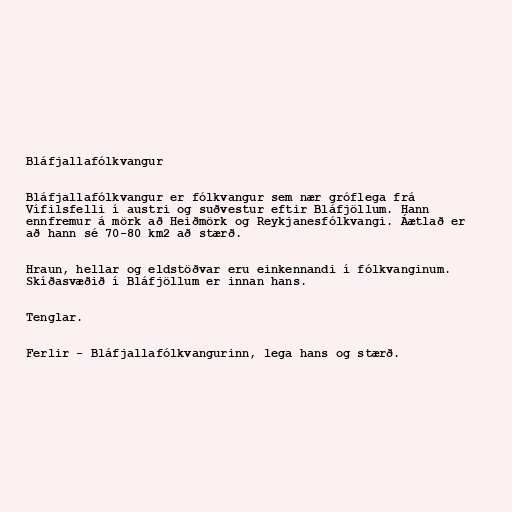
Bláfjallafólkvangur

Bláfjallafólkvangur er fólkvangur sem nær gróflega frá
Vífilsfelli í austri og suðvestur eftir Bláfjöllum. Hann
ennfremur á mörk að Heiðmörk og Reykjanesfólkvangi. Áætlað er
að hann sé 70-80 km2 að stærð.

Hraun, hellar og eldstöðvar eru einkennandi í fólkvanginum.
Skíðasvæðið í Bláfjöllum er innan hans.

Tenglar.

Ferlir - Bláfjallafólkvangurinn, lega hans og stærð.